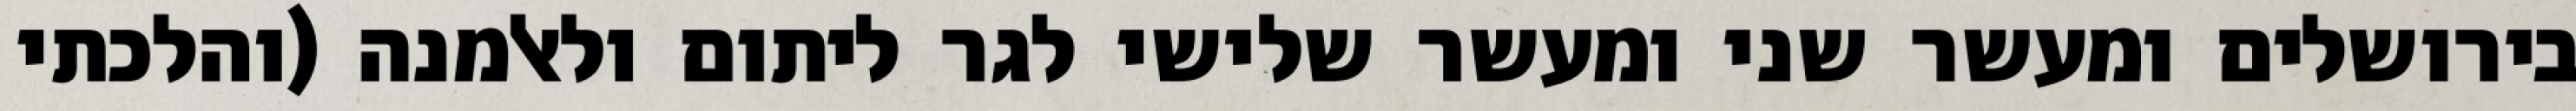
בירושלים ומעשר שני ומעשר שלישי לגר ליתום ולאלמנה (והלכתי